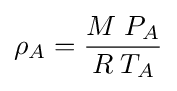
\rho _{A}={\frac {M\;P_{A}}{R\;T_{A}}}